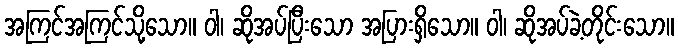
အကြင်အကြင်သို့သော။ ဝါ၊ ဆိုအပ်ပြီးသော အပြားရှိသော။ ဝါ၊ ဆိုအပ်ခဲ့တိုင်းသော။